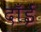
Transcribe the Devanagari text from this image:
दाँईं